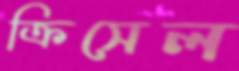
ক্রিসেল